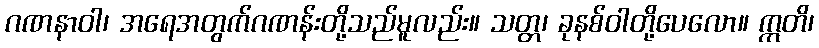
ဂဏနာဝါ၊ အရေအတွက်ဂဏန်းတို့သည်မူလည်း။ သတ္တ၊ ခုနစ်ဝါတို့ပေလော။ ဣတိ၊